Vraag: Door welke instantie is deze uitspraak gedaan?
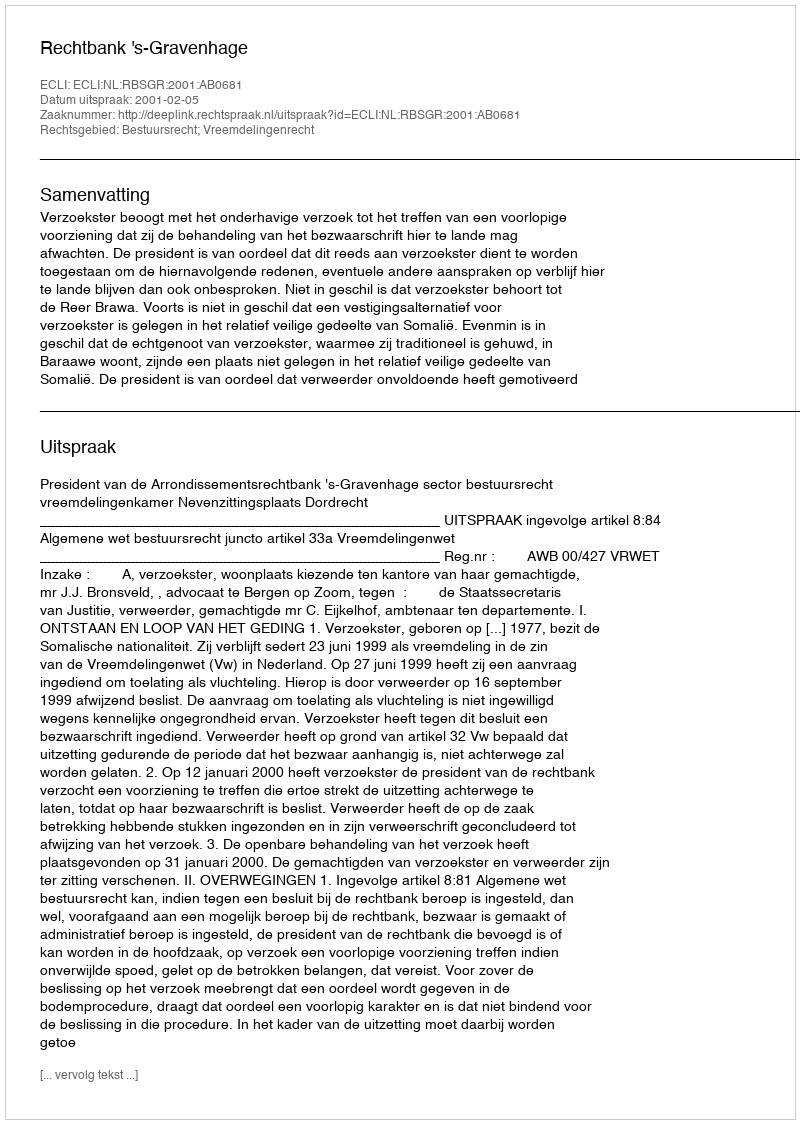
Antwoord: Rechtbank 's-Gravenhage